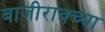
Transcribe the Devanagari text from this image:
बाजीरावच्या